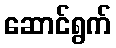
ဆောင်ရွက်